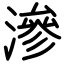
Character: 滲